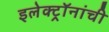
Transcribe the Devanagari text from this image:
इलेक्ट्रॉनांची